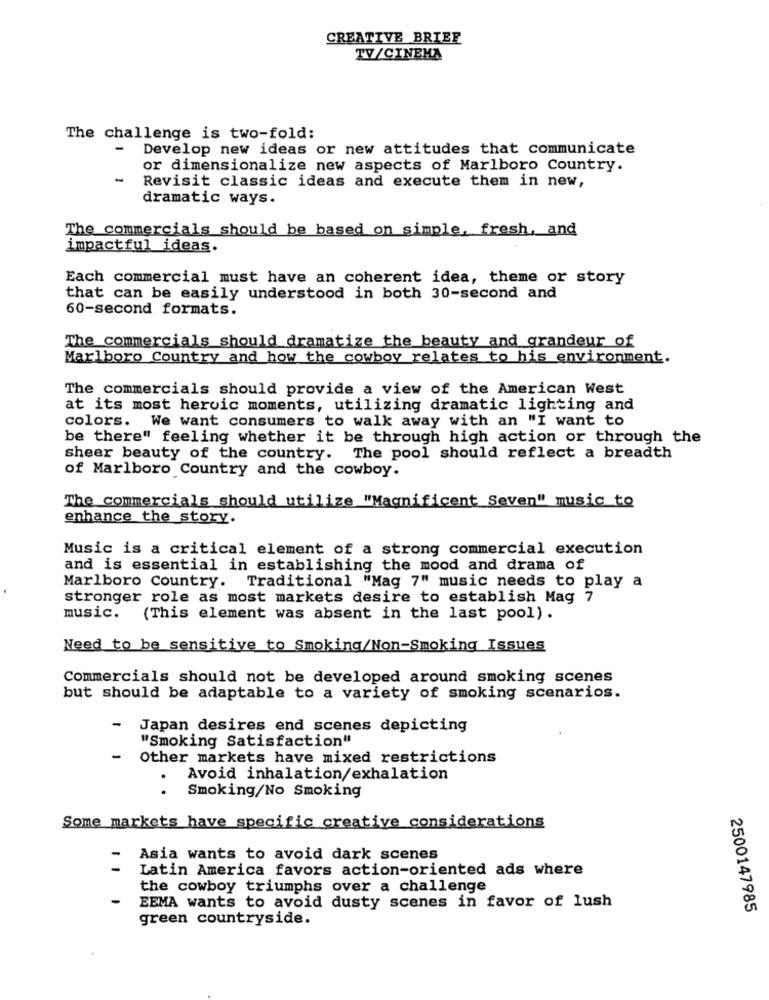
CREATIVE BRIEF
TV/CINEMA
The challenge is two-fold:
Develop new ideas or new attitudes that communicate
or dimensionalize new aspects of Marlboro Country.
Revisit classic ideas and execute them in new,
dramatic ways.
The commercials should be based on simple, fresh, and
impactful ideas.
Each commercial must have an coherent idea, theme or story
that can be easily understood in both 30-second and
60-second formats.
The commercials should dramatize the beauty and grandeur of
Marlboro Country and how the cowboy relates to his environment.
The commercials should provide a view of the American West
at its most heroic moments, utilizing dramatic lighting and
colors. We want consumers to walk away with an "I want to
be there" feeling whether it be through high action or through the
sheer beauty of the country. The pool should reflect a breadth
of Marlboro Country and the cowboy.
The commercials should utilize "Magnificent Seven" music to
enhance the story.
Music is a critical element of a strong commercial execution
and is essential in establishing the mood and drama of
Marlboro Country. Traditional "Mag 7" music needs to play a
stronger role as most markets desire to establish Mag 7
music. (This element was absent in the last pool) .
Need to be sensitive to Smoking/Non-Smoking Issues
Commercials should not be developed around smoking scenes
but should be adaptable to a variety of smoking scenarios.
Japan desires end scenes depicting
"Smoking Satisfaction"
-
Other markets have mixed restrictions
Avoid inhalation/exhalation
..
Smoking/No Smoking
Some markets have specific creative considerations
Asia wants to avoid dark scenes
Latin America favors action-oriented ads where
the cowboy triumphs over a challenge
EEMA wants to avoid dusty scenes in favor of lush
2500147985
green countryside.